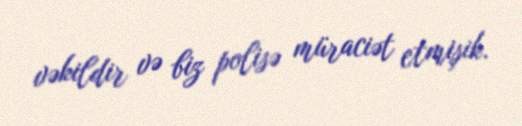
vəkildir və biz polisə müraciət etmişik.